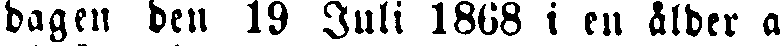
dagen den 19 Juli 1868 i en Ålder a